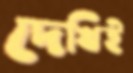
দেখিই